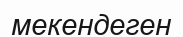
мекендеген